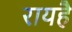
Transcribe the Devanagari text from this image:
रायहै